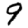
Digit: 9